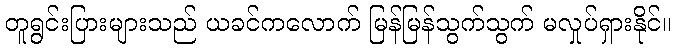
တူရွင်းပြားများသည် ယခင်ကလောက် မြန်မြန်သွက်သွက် မလှုပ်ရှားနိုင်။